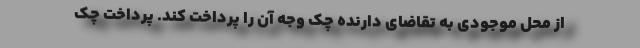
از محل موجودی به تقاضای دارنده چک وجه آن را پرداخت کند. پرداخت چک